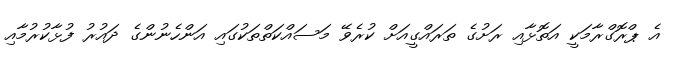
އެ ޕްރޮގްރާމަކީ އަތޮޅާއި ރަށުގެ ތަރައްގީއަށް ކުރެވޭ މަސައްކަތްތަކުގައި އަންހެނުންގެ ދައުރު ފުޅާކުރުމާއި